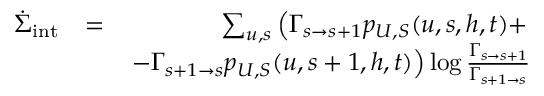
\begin{array} { r l r } { \dot { \Sigma } _ { \mathrm { i n t } } } & { = } & { \sum _ { u , s } \left( \Gamma _ { s \to s + 1 } p _ { U , S } ( u , s , h , t ) + \right. } \\ & { ~ } & { \left. - \Gamma _ { s + 1 \to s } p _ { U , S } ( u , s + 1 , h , t ) \right) \log \frac { \Gamma _ { s \to s + 1 } } { \Gamma _ { s + 1 \to s } } } \end{array}